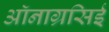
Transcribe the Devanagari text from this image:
ऑनाग्रसिई